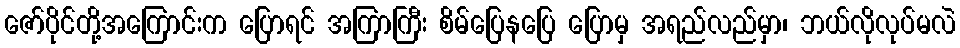
ဇော်ပိုင်တို့အကြောင်းက ပြောရင် အကြာကြီး စိမ်ပြေနပြေ ပြောမှ အရည်လည်မှာ၊ ဘယ်လိုလုပ်မလဲ